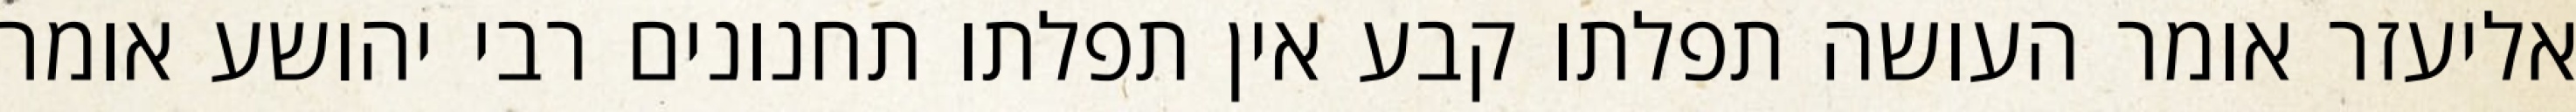
אליעזר אומר העושה תפלתו קבע אין תפלתו תחנונים רבי יהושע אומר